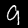
Label: 9